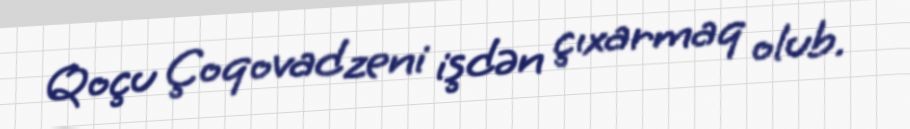
Qoçu Çoqovadzeni işdən çıxarmaq olub.